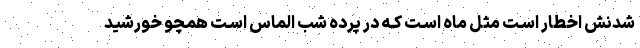
شدنش اخطار اسـت مثل ماه اسـت کـه در پرده شب الماس اسـت همچو خورشید